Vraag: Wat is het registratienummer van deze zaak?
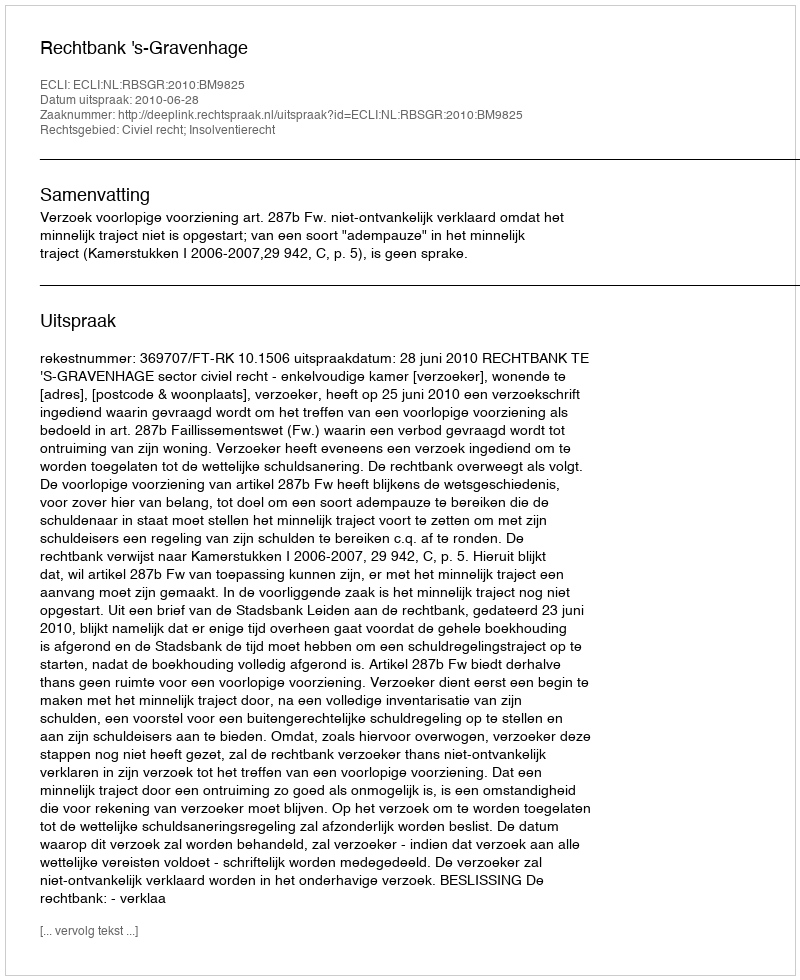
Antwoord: http://deeplink.rechtspraak.nl/uitspraak?id=ECLI:NL:RBSGR:2010:BM9825